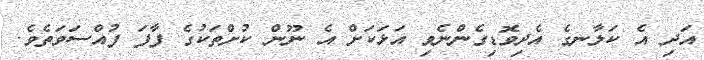
އަދި އެ ކަލާނގެ އެދިވޮޑިގެންނެވި އަޅަކަށް އެ ނޫން ކުށްތަކުގެ ފާފަ ފުއްސަވަތެވެ.